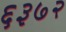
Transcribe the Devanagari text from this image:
६३७२